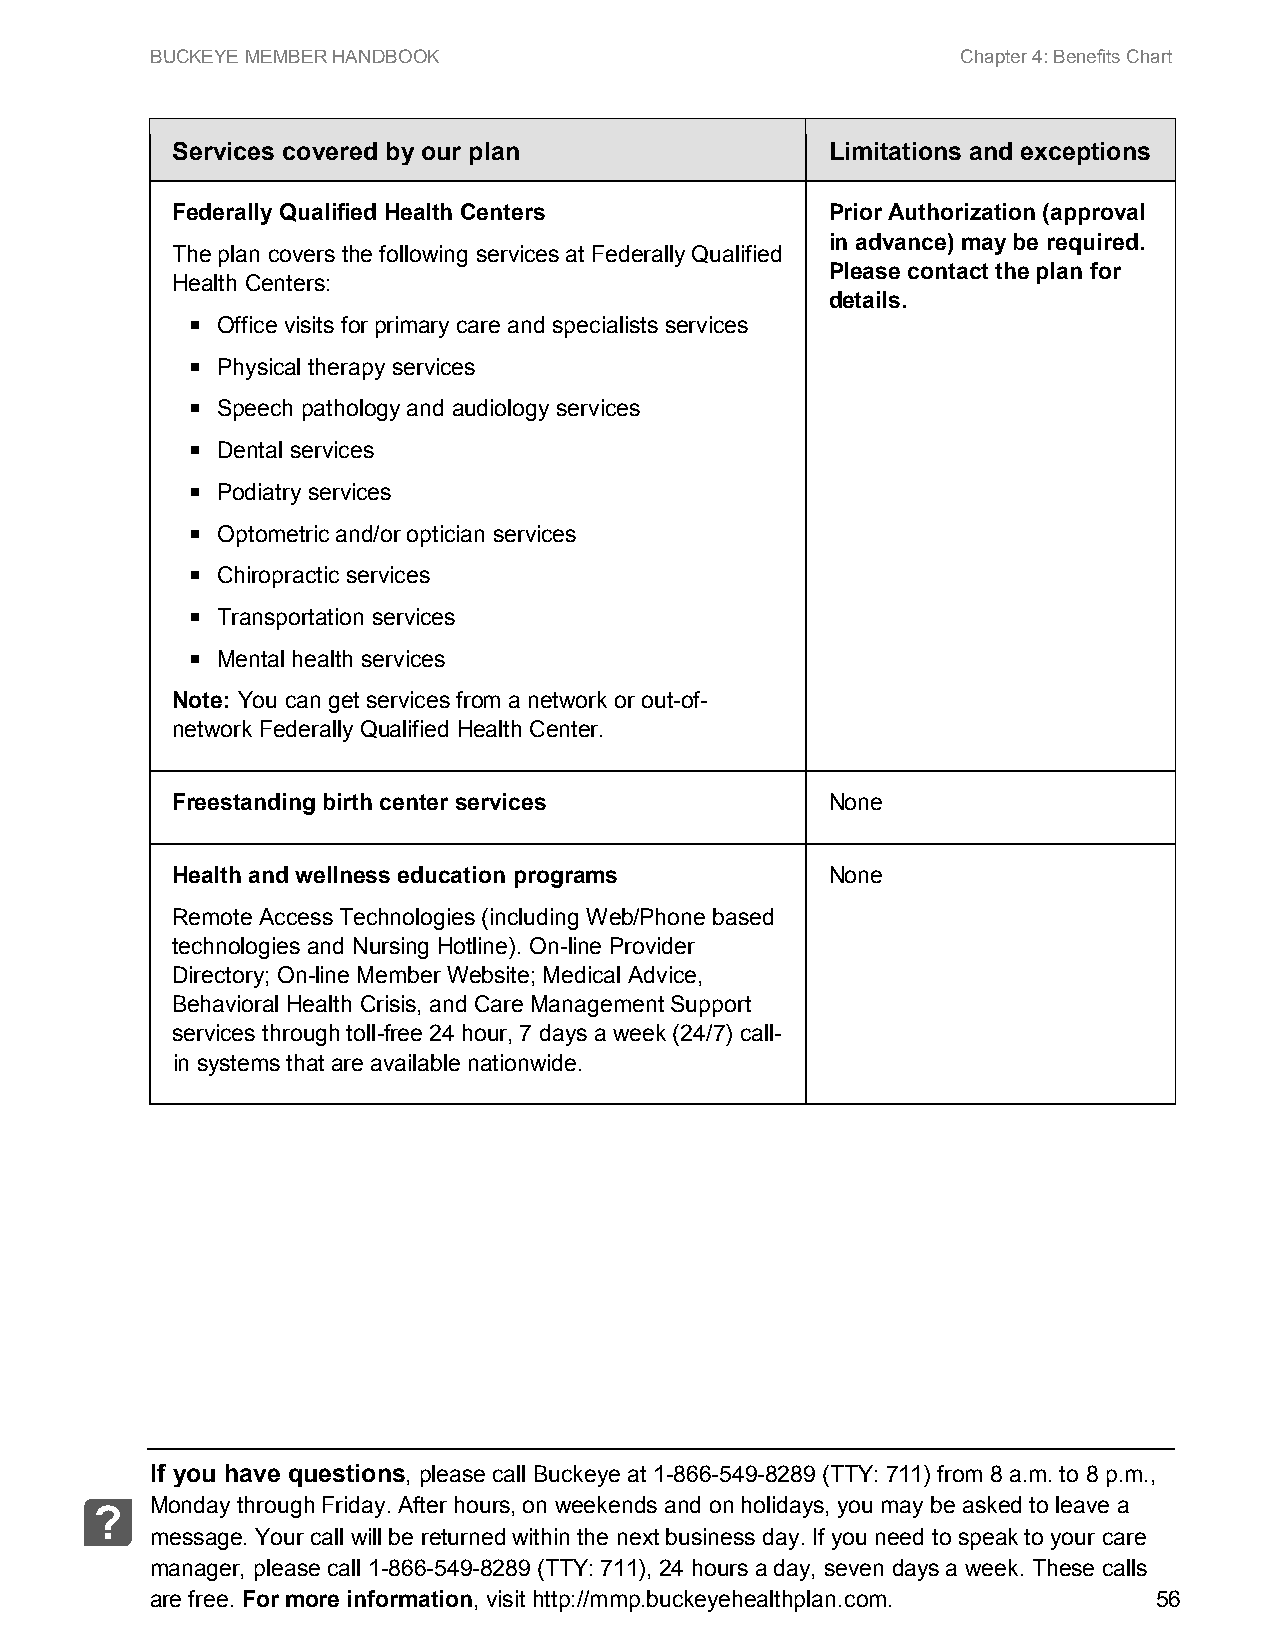
BUCKEYE MEMBER HANDBOOK                               Chapter 4: Benefits Chart
 Services covered by our plan                Limitations and exceptions
 Federally Qualified Health Centers          Prior Authorization (approval
 in advance) may be required.
 The plan covers the following services at Federally Qualified
 Please contact the plan for
 Health Centers:
 details.
  Office visits for primary care and specialists services
  Physical therapy services
  Speech pathology and audiology services
  Dental services
  Podiatry services
  Optometric and/or optician services
  Chiropractic services
  Transportation services
  Mental health services
 Note: You can get services from a network or out-of-
 network Federally Qualified Health Center.
 Freestanding birth center services          None
 Health and wellness education programs      None
 Remote Access Technologies (including Web/Phone based
 technologies and Nursing Hotline). On-line Provider
 Directory; On-line Member Website; Medical Advice,
 Behavioral Health Crisis, and Care Management Support
 services through toll-free 24 hour, 7 days a week (24/7) call-
 in systems that are available nationwide.
 If you have questions, please call Buckeye at 1-866-549-8289 (TTY: 711) from 8 a.m. to 8 p.m.,
 Monday through Friday. After hours, on weekends and on holidays, you may be asked to leave a
 ?
 message. Your call will be returned within the next business day. If you need to speak to your care
 manager, please call 1-866-549-8289 (TTY: 711), 24 hours a day, seven days a week. These calls
 are free. For more information, visit http://mmp.buckeyehealthplan.com. 56